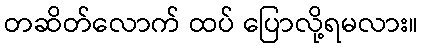
တဆိတ်လောက် ထပ် ပြောလို့ရမလား။